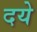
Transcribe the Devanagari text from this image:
दये